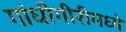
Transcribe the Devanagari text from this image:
गांधीगीरीमध्ये